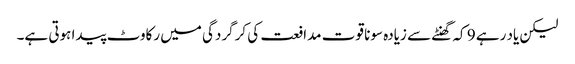
لیکن یاد رہے 9 کہ گھنٹے سے زیادہ سونا قوت مدافعت کی کرگردگی میں رکاوٹ پیدا ہوتی ہے۔